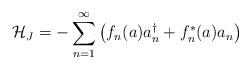
LaTeX: \begin{align*}{\cal H}_J = -\sum_{n=1}^\infty \left( f_n(a) a_n^\dagger + f_n^*(a) a_n \right) \end{align*}